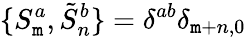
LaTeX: \{ S_{\mathtt{m}}^{a},\tilde{{S}}_{n}^{b}\} =\delta^{ab}\delta_{\mathtt{m}+n,0}